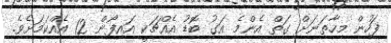
ފަހުން މިހާތަނަށް ގަތް އެންމެ އަގު ބޮޑު އެއްޗަކީ އައިފޯން 12 އެއްކަމަށެވެ.